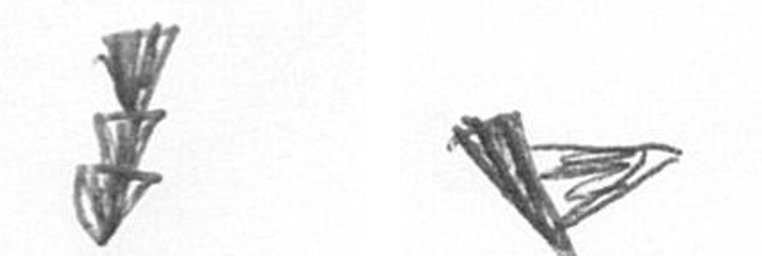
E F